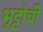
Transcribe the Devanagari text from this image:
भुट्टोची